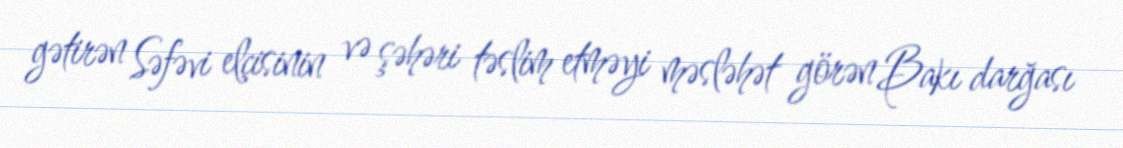
gətirən Səfəvi elçisinin və şəhəri təslim etməyi məsləhət görən Bakı darğası